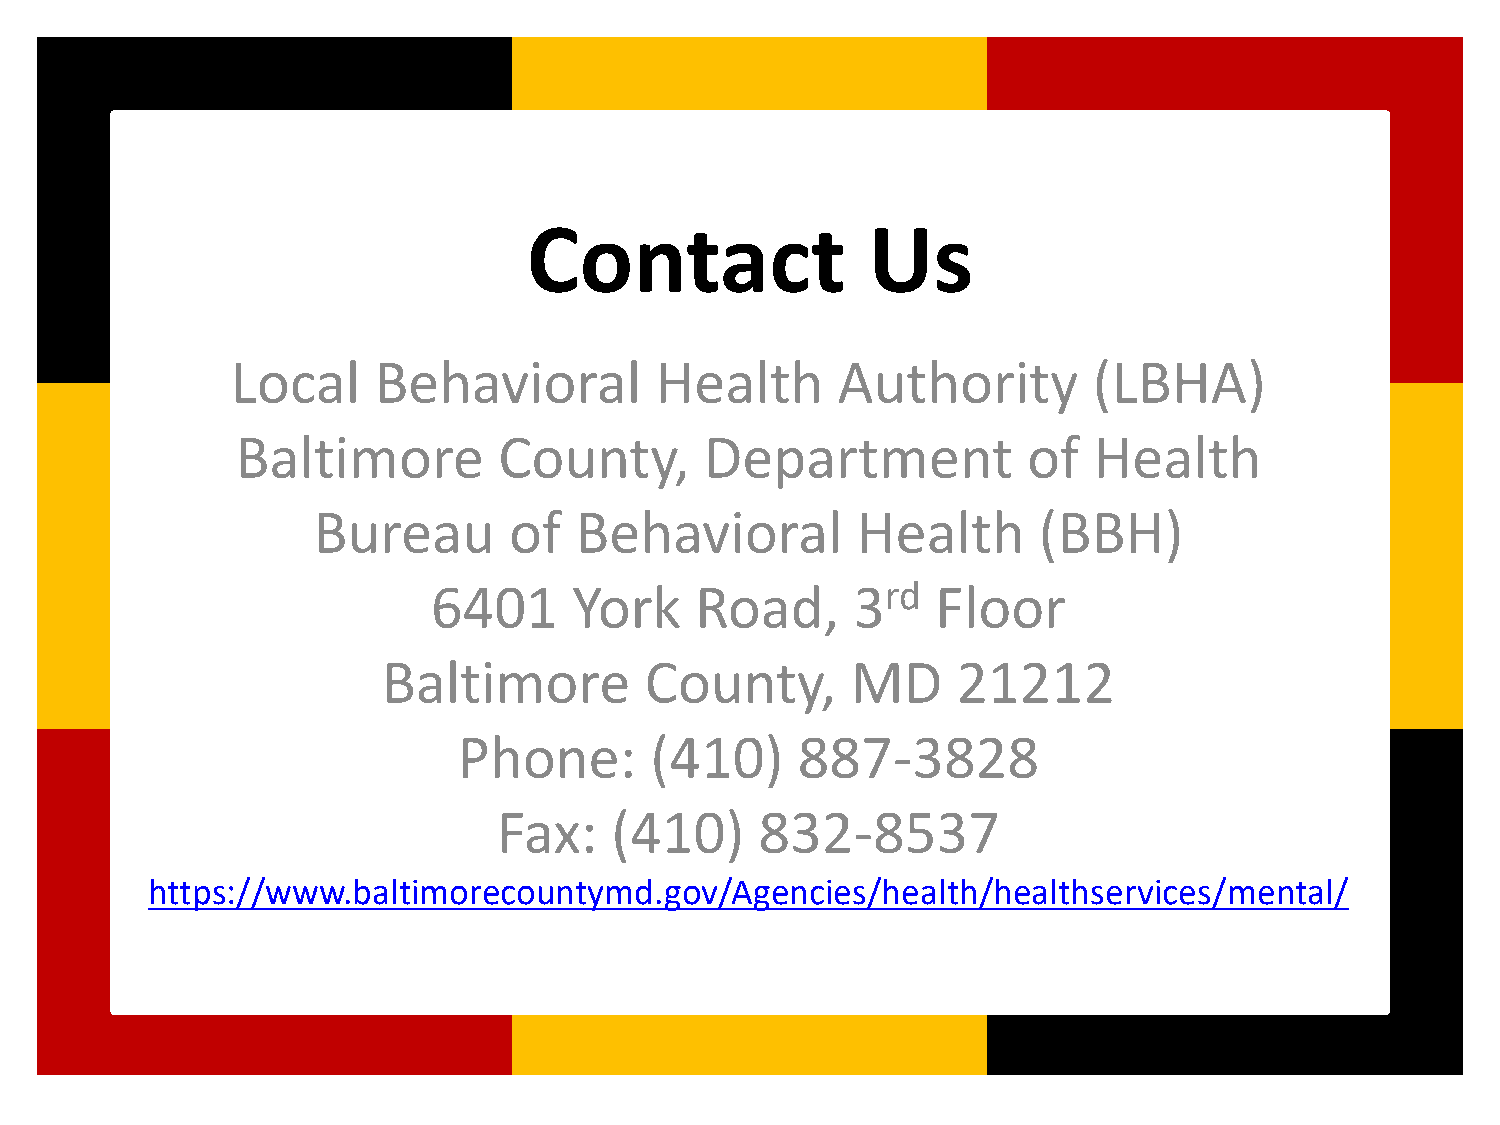
Contact               Us
 Local     Behavioral        Health      Authority        (LBHA)
 Baltimore        County,       Department           of  Health
 Bureau       of  Behavioral         Health      (BBH)
 6401     York    Road,     3rd   Floor
 Baltimore         County,      MD     21212
 Phone:       (410)     887-3828
 Fax:   (410)     832-8537
 https://www.baltimorecountymd.gov/Agencies/health/healthservices/mental/